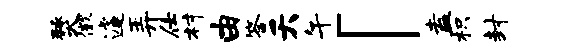
燹徽遽弄仕村由答夭午「盍枳封